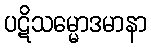
ပဋိသမ္မောဒမာနာ